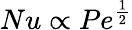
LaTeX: Nu\propto Pe^{\frac{1}{2}}